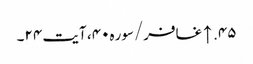
۴۵. ↑ غافر/سوره۴۰، آیت ۲۴۔